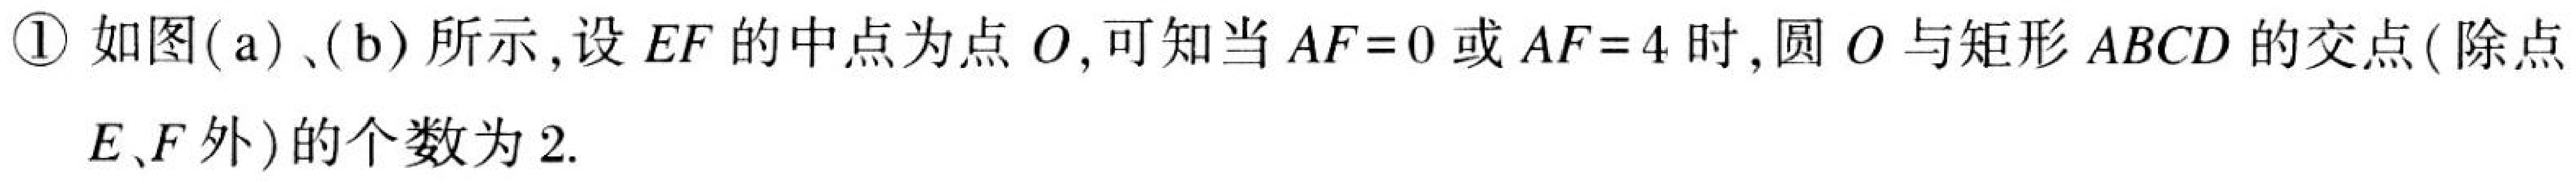
\textcircled{1} 如图(\text{a})、(\text{b})所示,设\(EF\)的中点为点\(O\),可知当\(AF = 0\)或\(AF = 4\)时,圆\(O\)与矩形\(ABCD\)的交点(除点
\(E、F\)外)的个数为\(2\).